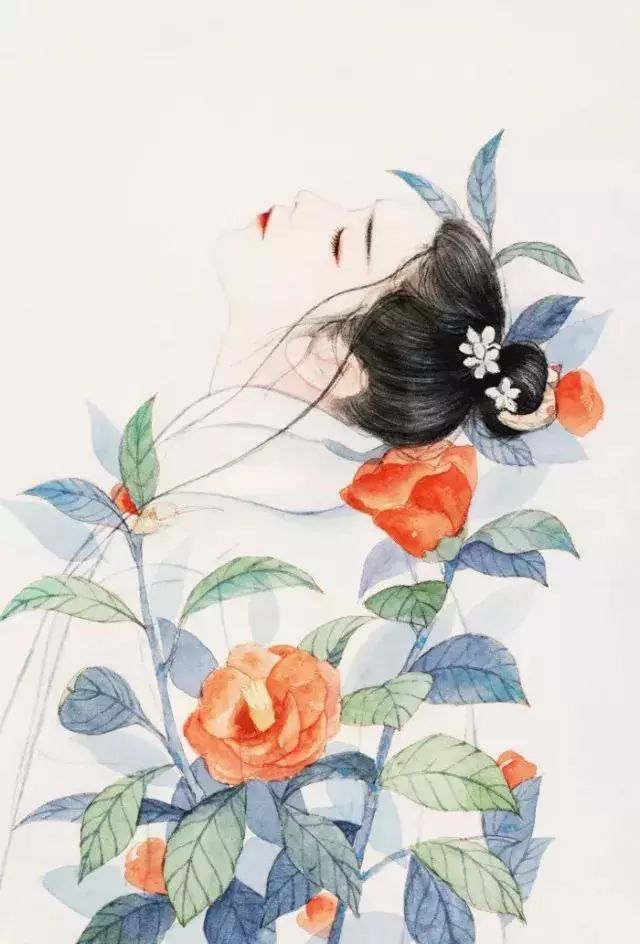
巧笑倩兮，美目盼兮，素以为绚兮。